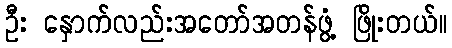
ဦး နှောက်လည်းအတော်အတန်ဖွံ့ ဖြိုးတယ်။